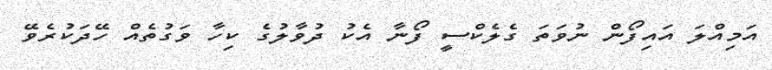
އަމިއްލަ އައިފޯން ނުވަތަ ގެލެކްސީ ފޯނާ އެކު ދުވާލުގެ ކިހާ ވަގުތެއް ހޭދަކުރެވޭ